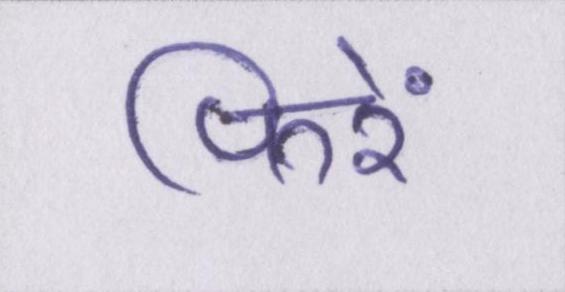
फिरें